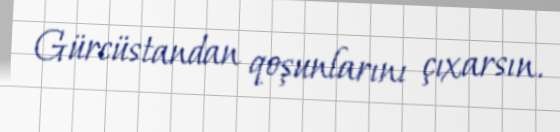
Gürcüstandan qoşunlarını çıxarsın.